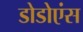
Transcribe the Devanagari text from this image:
डोडोएंस